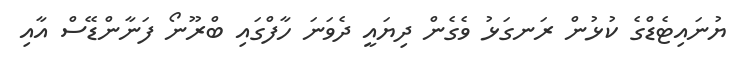
ޔުނައިޓެޑްގެ ކުޅުން ރަނގަޅު ވެގެން ދިޔައީ ދެވަނަ ހާފްގައި ބްރޫނޯ ފަނާންޑޭސް އާއި